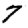
Digit: 7